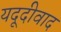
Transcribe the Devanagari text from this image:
यदूदीवाद